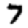
Digit: 7